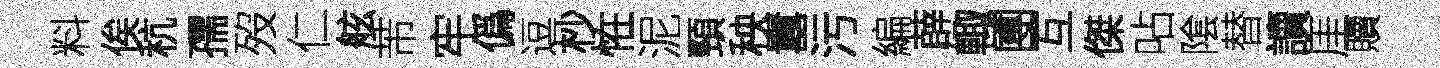
料俟秔孺歿仁舷芾牢僞逗杪恠泥頸秧囂污編薜輙圑互傑呫隂替讀厓贖